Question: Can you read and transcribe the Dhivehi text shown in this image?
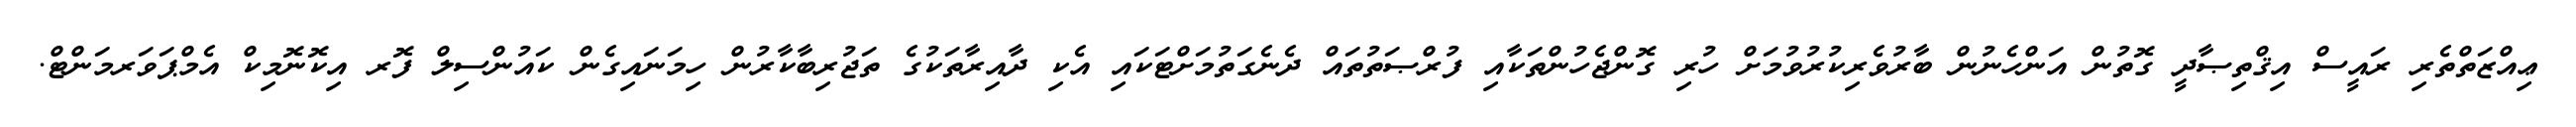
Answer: ޢިއްޒަތްތެރި ރައީސް އިޤްތިޞާދީ ގޮތުން އަންހެނުން ބާރުވެރިކުރުވުމަށް ހުރި ގޮންޖެހުންތަކާއި ފުރްޞަތުތައް ދެނެގަތުމަށްޓަކައި އެކި ދާއިރާތަކުގެ ތަޖުރިބާކާރުން ހިމަނައިގެން ކައުންސިލް ފޮރ އިކޮނޮމިކް އެމްޕަވަރމަންޓް.